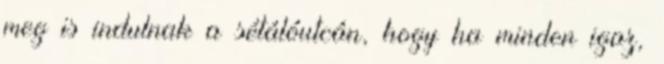
meg is indulnak a sétálóutcán, hogy ha minden igaz,